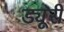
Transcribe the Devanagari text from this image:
ड्यूरी